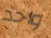
واحد